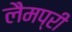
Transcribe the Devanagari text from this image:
लैमप्री